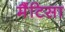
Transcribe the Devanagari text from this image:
मैंटिसा